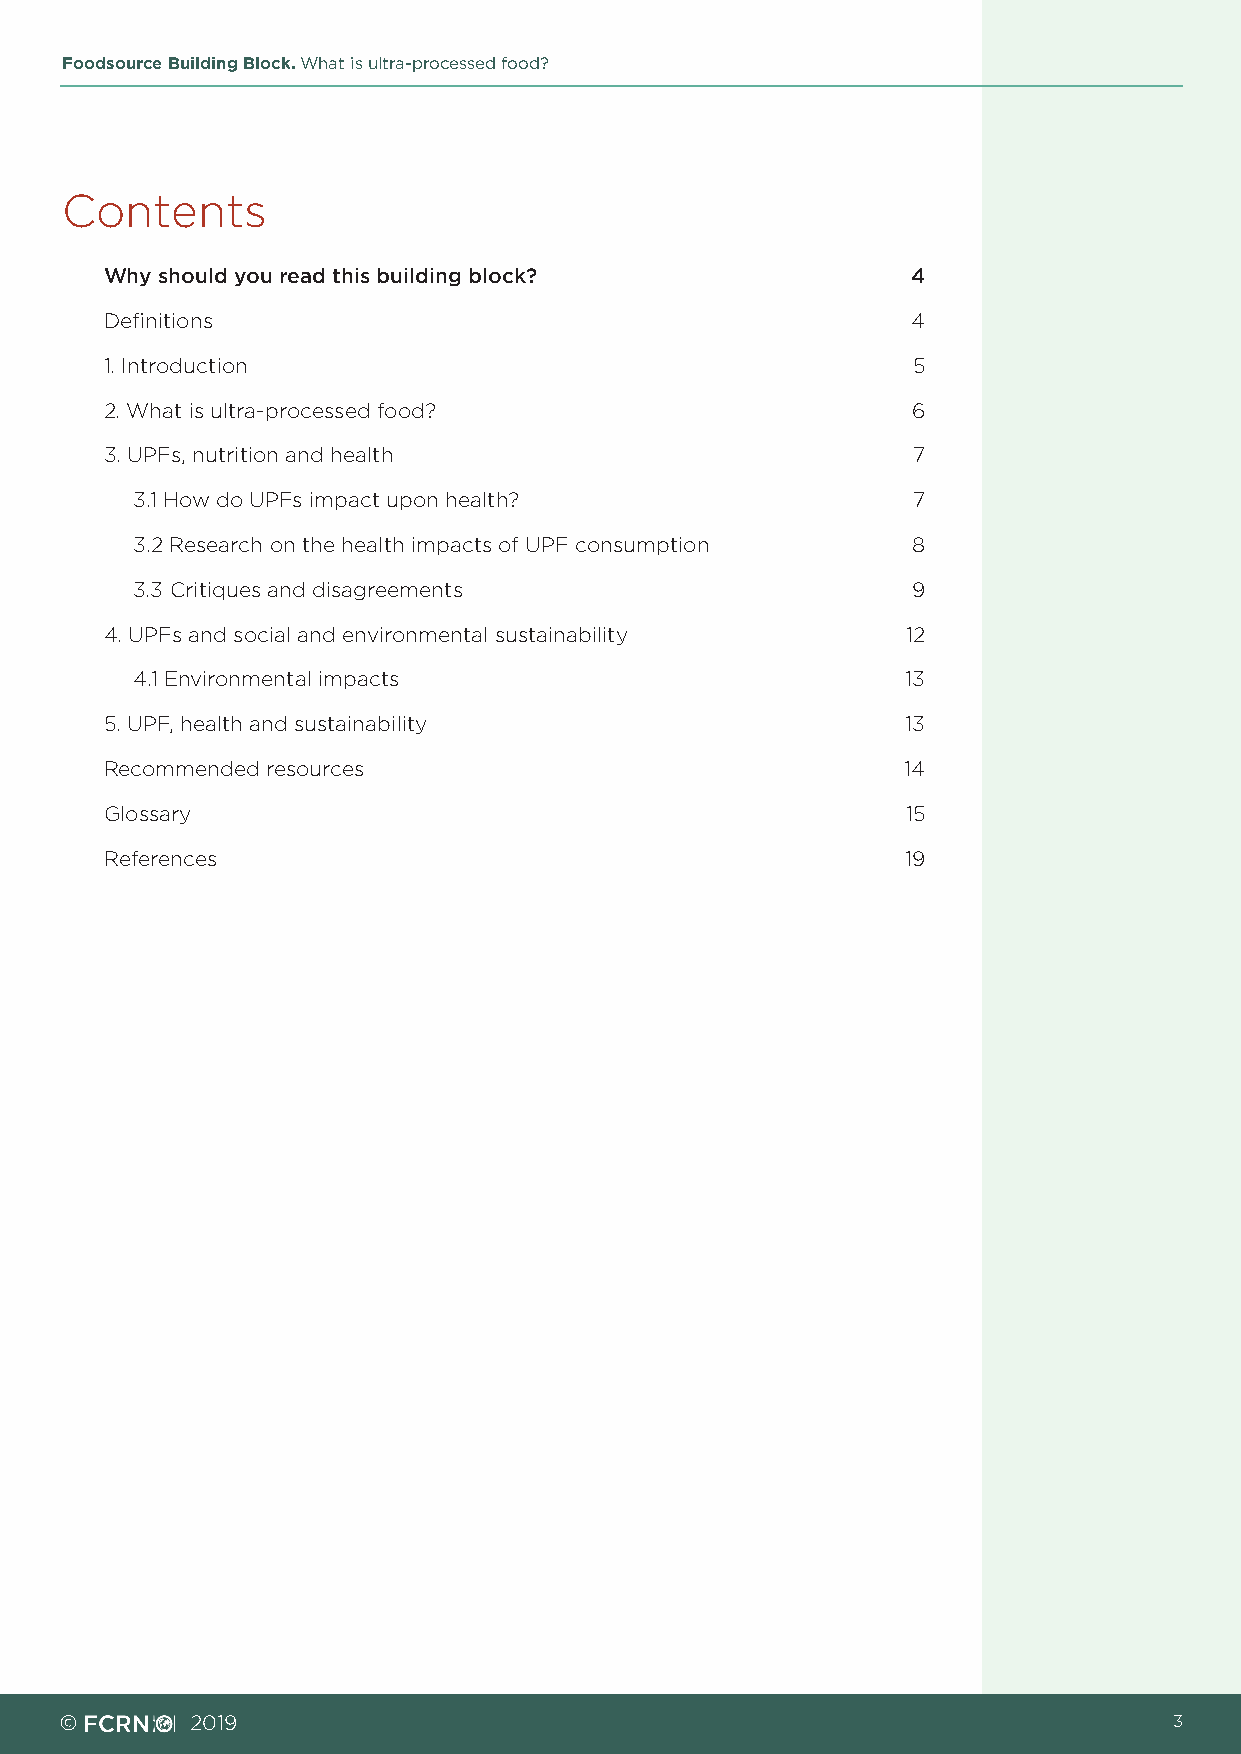
Foodsource Building Block. What is ultra-processed food?
 Contents
 Why should you read this building block?             4
 Definitions                                          4
 1. Introduction                                      5
 2. What is ultra-processed food?                     6
 3. UPFs, nutrition and health                        7
 3.1 How do UPFs impact upon health?                7
 3.2 Research on the health impacts of UPF consumption 8
 3.3 Critiques and disagreements                    9
 4. UPFs and social and environmental sustainability  12
 4.1 Environmental impacts                          13
 5. UPF, health and sustainability                    13
 Recommended resources                                14
 Glossary                                             15
 References                                           19
 ©        2019                                                             3